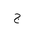
Letter: _gim